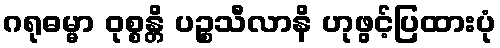
ဂရုဓမ္မာ ဝုစ္စန္တိ ပဉ္စသီလာနိ ဟုဖွင့်ပြထားပုံ